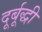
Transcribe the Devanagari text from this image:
दूर्बूद्धी